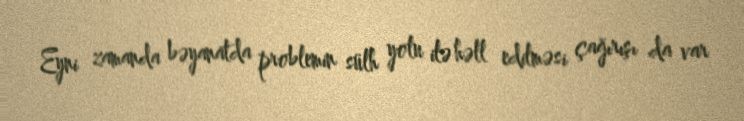
Eyni zamanda bəyanatda problemin sülh yolu ilə həll edilməsi çağırışı da var